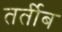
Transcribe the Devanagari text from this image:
तर्तीब